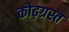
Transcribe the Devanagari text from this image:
कोढ़ग्रस्त